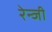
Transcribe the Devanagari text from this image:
रेन्जी